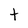
Character: t